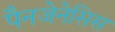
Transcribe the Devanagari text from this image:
पैनजेनेसिस